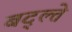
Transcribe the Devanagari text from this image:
बद्ल्ते